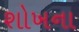
શોખના